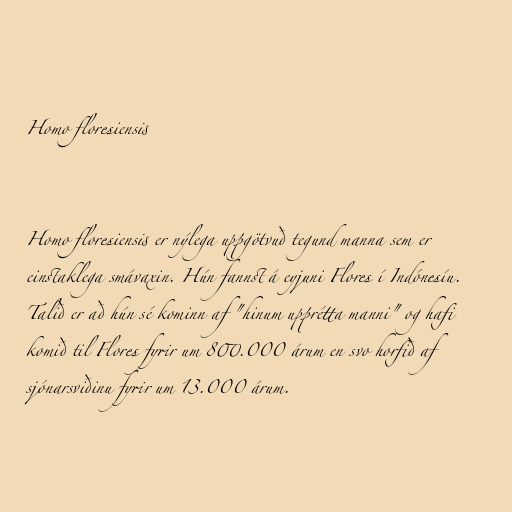
Homo floresiensis

Homo floresiensis er nýlega uppgötvuð tegund manna sem er
einstaklega smávaxin. Hún fannst á eyjuni Flores í Indónesíu.
Talið er að hún sé kominn af "hinum upprétta manni" og hafi
komið til Flores fyrir um 800.000 árum en svo horfið af
sjónarsviðinu fyrir um 13.000 árum.